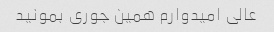
عالی امیدوارم همین جوری بمونید